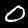
Label: 0